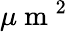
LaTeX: \mu\mathrm{~m~}^{2}